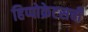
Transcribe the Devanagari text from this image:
हिप्पोक्रेटसची